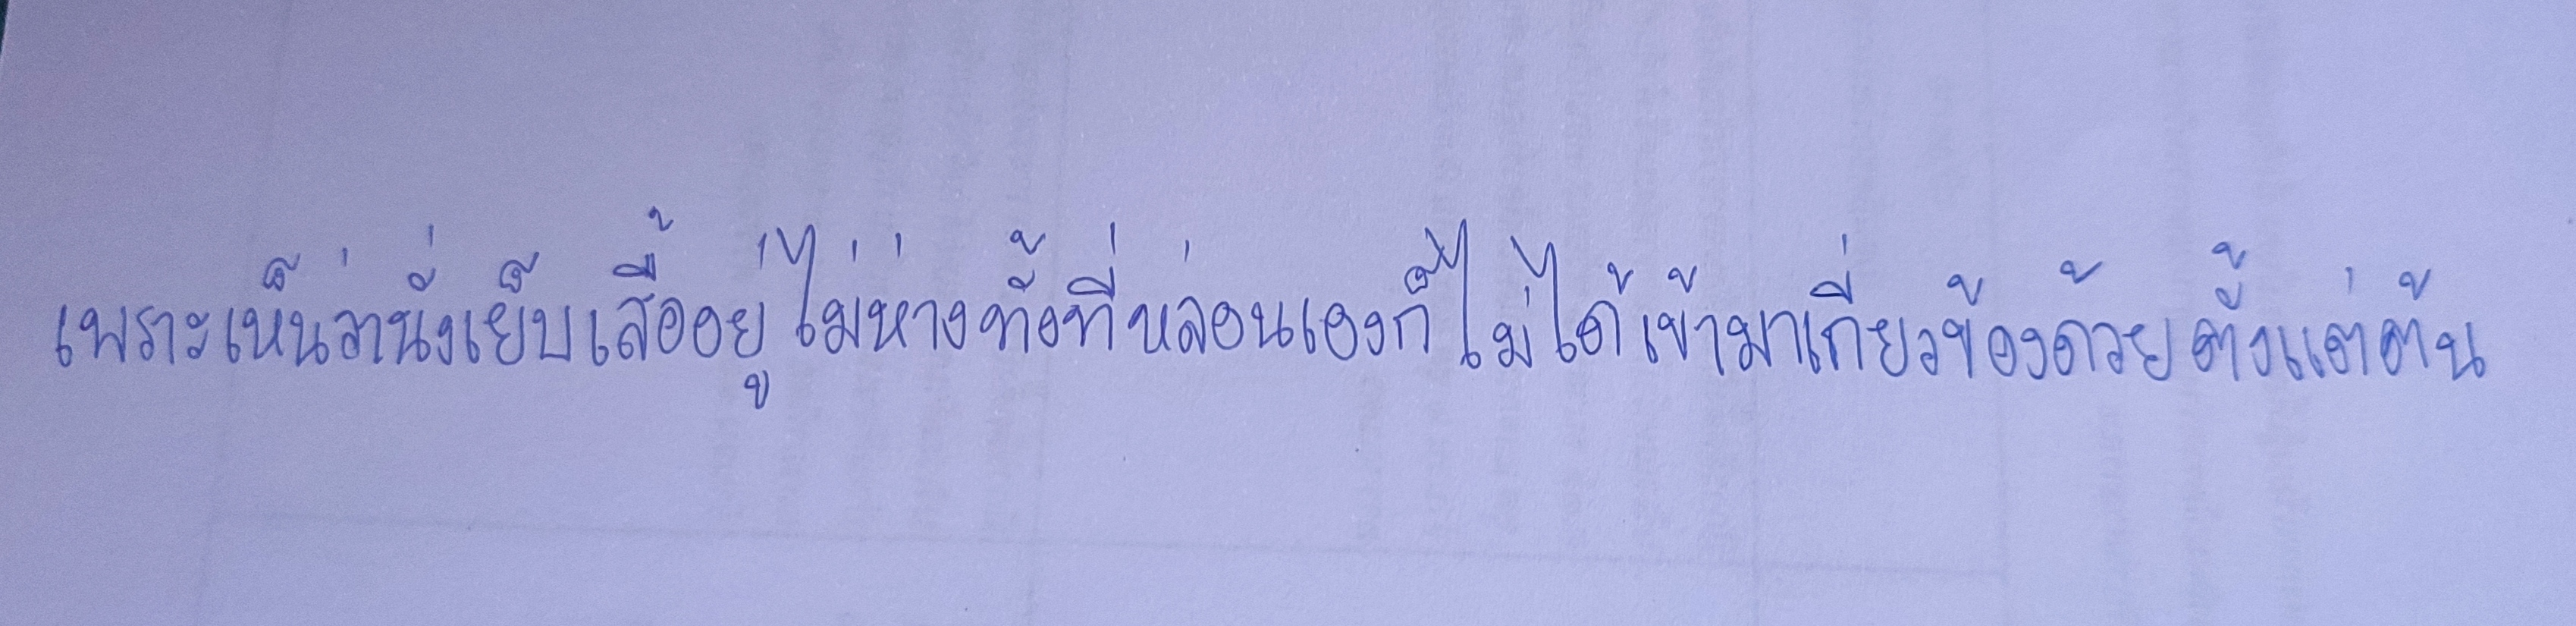
เพราะเห็นว่านั่งเย็บเสื้ออยู่ไม่ห่างนักทั้งที่หล่อนเองก็ไม่ได้เข้ามาเกี่ยวข้องด้วยตั้งแต่ต้น